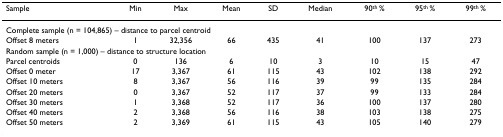
| Sample | Min | Max | Mean | SD | Median | 90th % | 95th % | 99th % |
 | --- | --- | --- | --- | --- | --- | --- | --- | --- |
 | <COLSPAN=9> Complete sample (n = 104,865) – distance to parcel centroid |
 | Offset 8 meters | 1 | 32,356 | 66 | 435 | 41 | 100 | 137 | 273 |
 | <COLSPAN=9> Random sample (n = 1,000) – distance to structure location |
 | Parcel centroids | 0 | 136 | 6 | 10 | 3 | 10 | 15 | 47 |
 | Offset 0 meter | 17 | 3,367 | 61 | 115 | 43 | 102 | 138 | 292 |
 | Offset 10 meters | 8 | 3,367 | 56 | 116 | 39 | 99 | 135 | 284 |
 | Offset 20 meters | 0 | 3,367 | 52 | 117 | 37 | 99 | 133 | 284 |
 | Offset 30 meters | 1 | 3,368 | 52 | 117 | 36 | 100 | 137 | 280 |
 | Offset 40 meters | 2 | 3,368 | 56 | 116 | 38 | 103 | 138 | 275 |
 | Offset 50 meters | 2 | 3,369 | 61 | 115 | 43 | 105 | 140 | 279 |